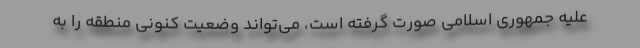
علیه جمهوری اسلامی صورت گرفته است، می‌تواند وضعیت کنونی منطقه را به